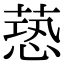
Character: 𦶐